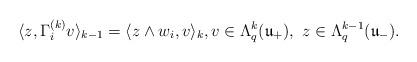
LaTeX: \begin{align*}\langle z,\Gamma_{i}^{(k)}v\rangle_{k-1}=\langle z\wedge w_{i},v\rangle_{k},v\in\Lambda_{q}^{k}(\mathfrak{u}_{+}),\ z\in\Lambda_{q}^{k-1}(\mathfrak{u}_{-}).\end{align*}